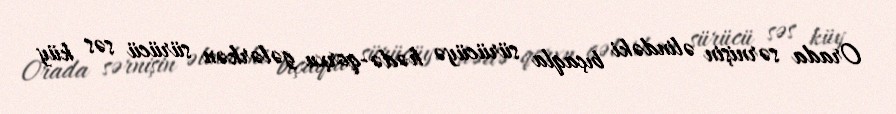
Orada sərnişin əlindəki bıçaqla sürücüyə hədə-qorxu gələrkən sürücü səs küy